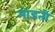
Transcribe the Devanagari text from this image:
मोडती